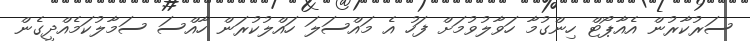
ސަރުކާރުން އެއާޕޯޓް ހިންގުމާ ހަވާލުވުމަށް ފަހު އެ މައްސަލަ ހައްލުކުރަން ހާއްސަ ސަމާލުކަމެއްދީގެން